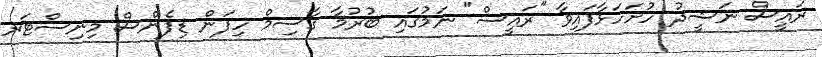
ރައީސް ނަޝީދު ހުށަހަޅާފައިވާ "ރައީސް" ނަމުގައި ބުރުމާ ޤާސިމް ހިފަން ޑިފެންސް މިނިސްޓަރ